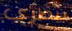
بيطري